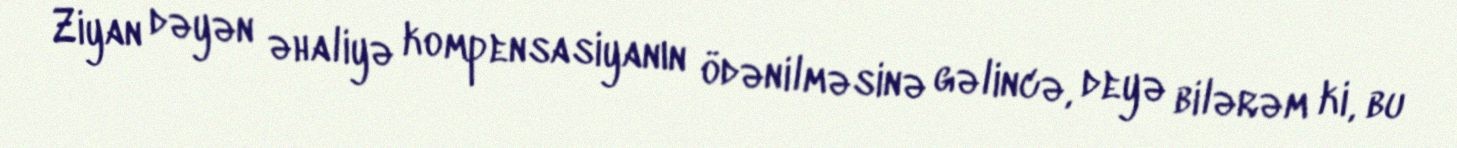
Ziyan dəyən əhaliyə kompensasiyanın ödənilməsinə gəlincə, deyə bilərəm ki, bu